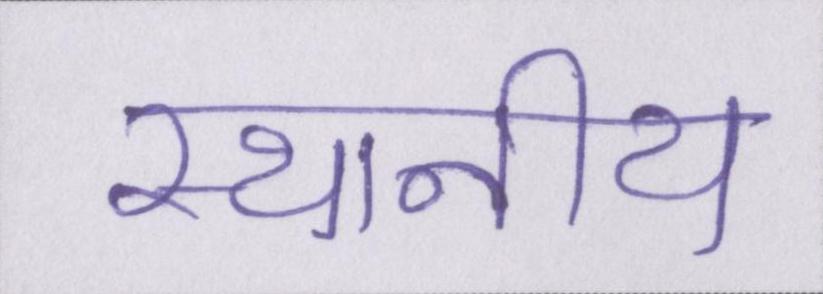
स्थानीय